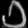
Digit: ၁